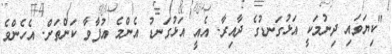
"ކިޔަވައި ދިނުމަކީ އަޅުގަނޑުގެ ދާއިރާ. އެއީ އަޅުގަނޑު އެންމެ އުފާވާ ކަންތަށް. އެހެންވެ